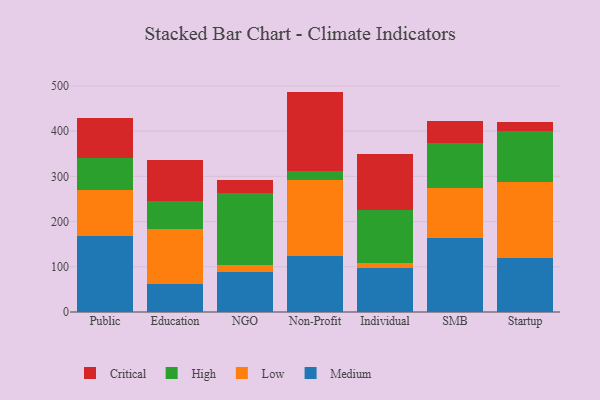
{"axis": {"x": "Segment", "y": "Active Users"}, "legend": ["Critical", "High", "Low", "Medium"], "data": [{"x": "Public", "y": 168.8, "type": "Medium"}, {"x": "Public", "y": 100.9, "type": "Low"}, {"x": "Public", "y": 71.2, "type": "High"}, {"x": "Public", "y": 87.2, "type": "Critical"}, {"x": "Education", "y": 60.9, "type": "Medium"}, {"x": "Education", "y": 122.3, "type": "Low"}, {"x": "Education", "y": 61.4, "type": "High"}, {"x": "Education", "y": 92.6, "type": "Critical"}, {"x": "NGO", "y": 89.1, "type": "Medium"}, {"x": "NGO", "y": 14.4, "type": "Low"}, {"x": "NGO", "y": 158.6, "type": "High"}, {"x": "NGO", "y": 30.0, "type": "Critical"}, {"x": "Non-Profit", "y": 124.3, "type": "Medium"}, {"x": "Non-Profit", "y": 168.7, "type": "Low"}, {"x": "Non-Profit", "y": 18.0, "type": "High"}, {"x": "Non-Profit", "y": 176.4, "type": "Critical"}, {"x": "Individual", "y": 97.8, "type": "Medium"}, {"x": "Individual", "y": 9.9, "type": "Low"}, {"x": "Individual", "y": 117.7, "type": "High"}, {"x": "Individual", "y": 125.1, "type": "Critical"}, {"x": "SMB", "y": 163.4, "type": "Medium"}, {"x": "SMB", "y": 111.2, "type": "Low"}, {"x": "SMB", "y": 98.5, "type": "High"}, {"x": "SMB", "y": 48.4, "type": "Critical"}, {"x": "Startup", "y": 118.9, "type": "Medium"}, {"x": "Startup", "y": 167.7, "type": "Low"}, {"x": "Startup", "y": 114.1, "type": "High"}, {"x": "Startup", "y": 18.5, "type": "Critical"}]}